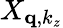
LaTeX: X_{\mathbf q,k_{z}}